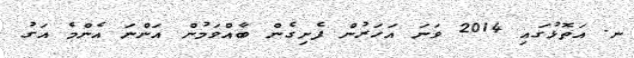
ނ. އަތޮޅުގައި 2014 ވަނަ އަހަރުން ފެށިގެން ބާއްވަމުން އަންނަ އެންމެ އަގު